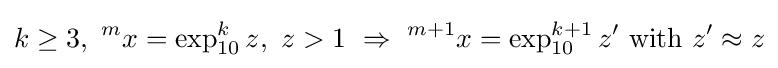
k\geq 3,~^{m}x=\exp _{10}^{k}z,~z>1~\Rightarrow ~^{m+1}x=\exp _{10}^{k+1}z'{\text{ with }}z'\approx z